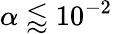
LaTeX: \alpha\lessapprox 10^{-2}